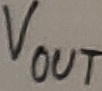
Text: VOUT